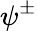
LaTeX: \psi^{\pm}